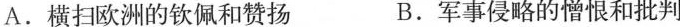
A.横扫欧洲的钦佩和赞扬 B.军事侵略的憎恨和批判